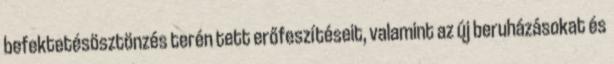
befektetésösztönzés terén tett erőfeszítéseit, valamint az új beruházásokat és